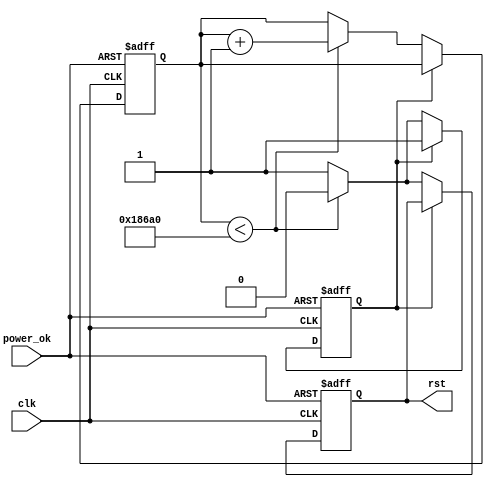
module PowerOnReset #(
    parameter RESET_DURATION = 100_000 // Duration in clock cycles
)(
    input wire clk,               // Clock input
    input wire power_ok,          // Power stable signal
    output reg rst                // Active low reset signal
);

    reg [31:0] counter;           // Counter for reset duration
    reg power_stable;             // Internal signal to track power state

    // State machine for the reset process
    always @(posedge clk or negedge power_ok) begin
        if (!power_ok) begin
            // Power is lost, assert reset and reset counter
            rst <= 1'b0;           // Assert reset (active low)
            counter <= 32'b0;      // Reset counter
            power_stable <= 1'b0;  // Indicate power is not stable
        end else if (!power_stable) begin
            // Power is stable, begin counting for reset duration
            if (counter < RESET_DURATION) begin
                counter <= counter + 1'b1; // Increment counter
                rst <= 1'b0;               // Keep reset asserted
            end else begin
                // Reset duration has elapsed
                rst <= 1'b1;               // Deassert reset
                power_stable <= 1'b1;      // Indicate power is stable
            end
        end
    end

endmodule